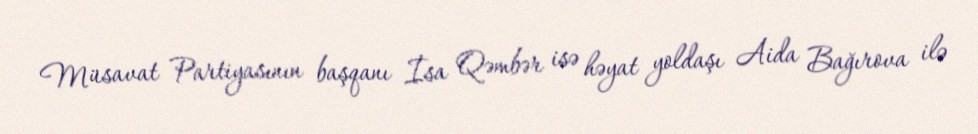
Müsavat Partiyasının başqanı İsa Qəmbər isə həyat yoldaşı Aida Bağırova ilə